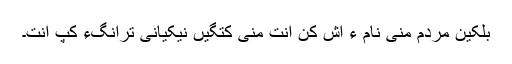
بلکین مردم منی نام ءَ اِش کن اَنت منی کُتگیں نِیکیانی تْرانگءَ کپ اَنت۔